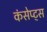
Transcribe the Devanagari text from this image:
कंसेप्ट्स